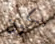
يكون